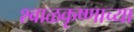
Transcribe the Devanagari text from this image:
श्बाळकृष्णाच्या